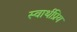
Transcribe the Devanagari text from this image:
स्वार्थप्रिय